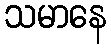
သမာနေ